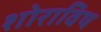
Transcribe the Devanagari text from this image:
शोराविष